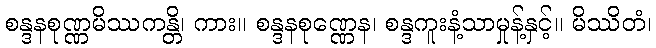
စန္ဒနစုဏ္ဏမိဿကန္တိ၊ ကား။ စန္ဒနစုဏ္ဏေန၊ စန္ဒကူးနံ့သာမှုန့်နှင့်။ မိဿိတံ၊